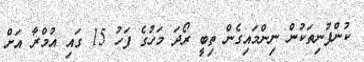
ކުންފުނިތަކުން ނިންމައިގެން ތިބީ ރޯދަ މަހުގެ ފަހު 15 ގައި އުމްރާ އަށް